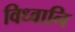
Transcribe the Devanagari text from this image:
विध्वानि